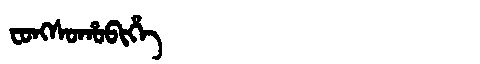
Manchu: ᠸᠣᠩᠰᠣᡥᠣᠪᡳᡥᡝ
Romanization: FONGSOHOBIHE